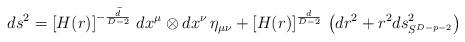
LaTeX: \begin{align*}ds^2 =\left[ H(r)\right] ^{-\frac{\widetilde{d}}{D-2}} \, dx^\mu \otimes dx^\nu \, \eta_{\mu\nu} + \left[ H(r)\right] ^{\frac{d}{D-2}} \, \left( dr^2 +r^2 ds^2_{S^{D-p-2}} \right)\end{align*}